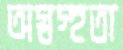
অস্বস্হতা